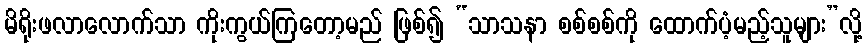
မိရိုးဖလာလောက်သာ ကိုးကွယ်ကြတော့မည် ဖြစ်၍ “သာသနာ စစ်စစ်ကို ထောက်ပံ့မည့်သူများ”လို့